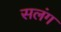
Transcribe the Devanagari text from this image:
सलंग